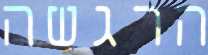
הרגשה